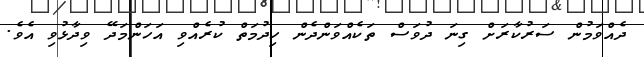
ދެއްވަމުން ސަރުކާރަށް ގިނަ ދުވަސް ތަކެއްވަންދެން ހިދުމަތް ކުރެއްވި އަހަންމަދޭ ވިދާޅުވި އެވެ.